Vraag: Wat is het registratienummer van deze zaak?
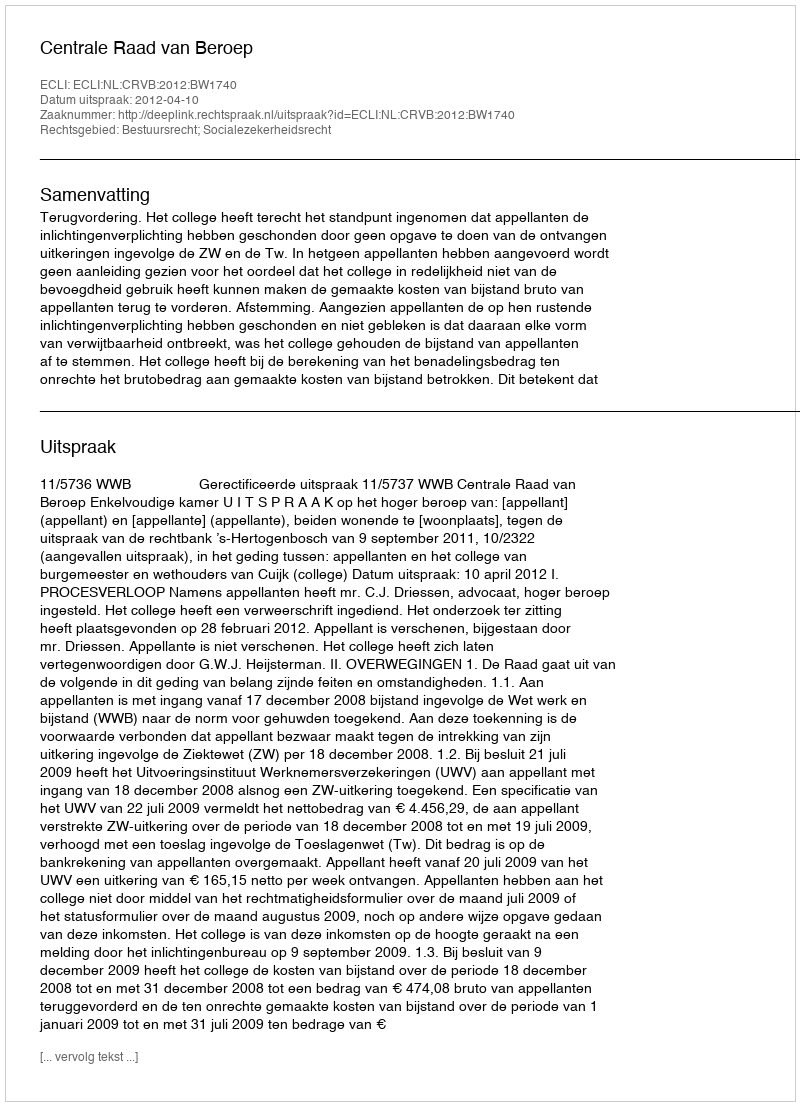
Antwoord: http://deeplink.rechtspraak.nl/uitspraak?id=ECLI:NL:CRVB:2012:BW1740